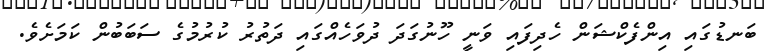
ބަނޑުގައި އިންފެކްޝަން ހެދިފައި ވަނީ ހޫނުގަދަ ދުވަހެއްގައި ދަތުރު ކުރުމުގެ ސަބަބުން ކަމަށެވެ.